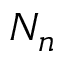
N _ { n }